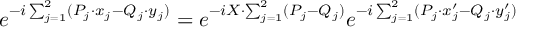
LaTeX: e ^ { - i \sum _ { j = 1 } ^ { 2 } ( P _ { j } \cdot x _ { j } - Q _ { j } \cdot y _ { j } ) } = e ^ { - i X \cdot \sum _ { j = 1 } ^ { 2 } ( P _ { j } - Q _ { j } ) } e ^ { - i \sum _ { j = 1 } ^ { 2 } ( P _ { j } \cdot x _ { j } ^ { \prime } - Q _ { j } \cdot y _ { j } ^ { \prime } ) }